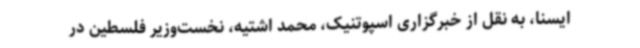
ایسنا، به نقل از خبرگزاری اسپوتنیک، محمد اشتیه، نخست‌وزیر فلسطین در